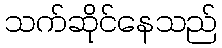
သက်ဆိုင်နေသည်